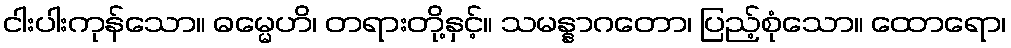
ငါးပါးကုန်သော။ ဓမ္မေဟိ၊ တရားတို့နှင့်။ သမန္နာဂတော၊ ပြည့်စုံသော။ ထောရော၊